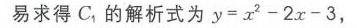
易求得\(C_{1}\)的解析式为\(y = x^{2}-2x - 3\)，